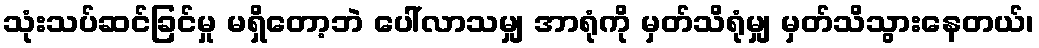
သုံးသပ်ဆင်ခြင်မှု မရှိတော့ဘဲ ပေါ်လာသမျှ အာရုံကို မှတ်သိရုံမျှ မှတ်သိသွားနေတယ်၊